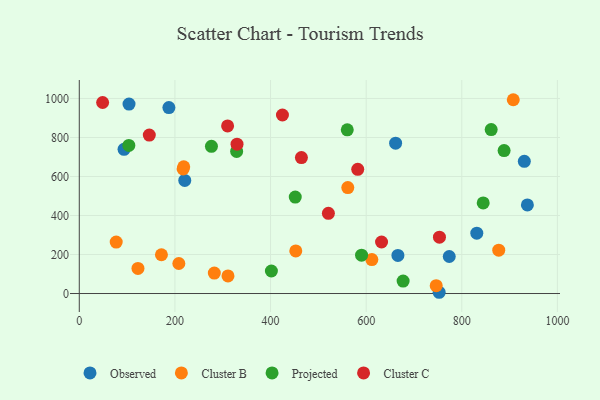
{"axis": {"x": "Speed", "y": "Sales"}, "legend": ["Cluster B", "Cluster C", "Observed", "Projected"], "data": [{"x": "93.6", "y": 739.1, "type": "Observed"}, {"x": "220.6", "y": 579.8, "type": "Observed"}, {"x": "930.8", "y": 678.0, "type": "Observed"}, {"x": "104.0", "y": 971.3, "type": "Observed"}, {"x": "752.7", "y": 6.4, "type": "Observed"}, {"x": "661.6", "y": 770.8, "type": "Observed"}, {"x": "187.4", "y": 953.3, "type": "Observed"}, {"x": "937.2", "y": 454.4, "type": "Observed"}, {"x": "773.8", "y": 189.9, "type": "Observed"}, {"x": "666.4", "y": 195.2, "type": "Observed"}, {"x": "831.4", "y": 309.6, "type": "Observed"}, {"x": "611.9", "y": 173.9, "type": "Cluster B"}, {"x": "877.3", "y": 222.5, "type": "Cluster B"}, {"x": "452.8", "y": 218.6, "type": "Cluster B"}, {"x": "907.7", "y": 993.6, "type": "Cluster B"}, {"x": "561.6", "y": 543.3, "type": "Cluster B"}, {"x": "208.2", "y": 154.0, "type": "Cluster B"}, {"x": "217.1", "y": 638.8, "type": "Cluster B"}, {"x": "282.4", "y": 104.7, "type": "Cluster B"}, {"x": "77.2", "y": 263.9, "type": "Cluster B"}, {"x": "746.5", "y": 40.4, "type": "Cluster B"}, {"x": "218.4", "y": 649.8, "type": "Cluster B"}, {"x": "311.0", "y": 90.2, "type": "Cluster B"}, {"x": "122.7", "y": 128.9, "type": "Cluster B"}, {"x": "171.8", "y": 198.9, "type": "Cluster B"}, {"x": "888.5", "y": 733.1, "type": "Projected"}, {"x": "560.5", "y": 839.1, "type": "Projected"}, {"x": "451.7", "y": 494.3, "type": "Projected"}, {"x": "844.8", "y": 464.7, "type": "Projected"}, {"x": "677.3", "y": 63.6, "type": "Projected"}, {"x": "103.6", "y": 759.2, "type": "Projected"}, {"x": "401.8", "y": 115.6, "type": "Projected"}, {"x": "329.1", "y": 728.5, "type": "Projected"}, {"x": "276.4", "y": 754.6, "type": "Projected"}, {"x": "590.4", "y": 196.8, "type": "Projected"}, {"x": "861.5", "y": 840.8, "type": "Projected"}, {"x": "329.9", "y": 765.6, "type": "Cluster C"}, {"x": "582.4", "y": 636.7, "type": "Cluster C"}, {"x": "521.0", "y": 411.0, "type": "Cluster C"}, {"x": "310.2", "y": 859.5, "type": "Cluster C"}, {"x": "48.8", "y": 979.5, "type": "Cluster C"}, {"x": "146.4", "y": 812.3, "type": "Cluster C"}, {"x": "464.6", "y": 696.9, "type": "Cluster C"}, {"x": "424.9", "y": 915.2, "type": "Cluster C"}, {"x": "632.2", "y": 264.1, "type": "Cluster C"}, {"x": "753.3", "y": 289.0, "type": "Cluster C"}]}